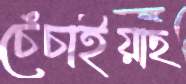
চেঁচাইয়াছ